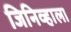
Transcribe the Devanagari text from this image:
जिनिव्हाला